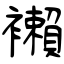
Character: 襰